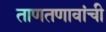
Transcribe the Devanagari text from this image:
ताणतणावांची